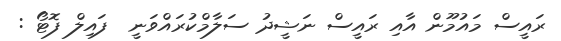
ރައީސް މައުމޫން އާއި ރައީސް ނަޝީދު ސަލާމްކުރައްވަނީ  ފައިލް ފޮޓޯ :